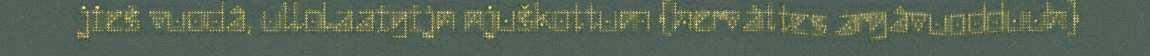
jieš vuodâ, ullolaaigijn njuškottum (hervâttes argâvuodduuh)